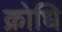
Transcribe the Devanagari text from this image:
क्रोधि